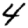
Digit: 4